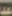
بعد